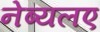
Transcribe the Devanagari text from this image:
नेब्यलए